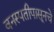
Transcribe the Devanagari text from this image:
वनस्पतीपासूनचे